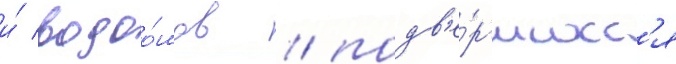
и́ водоо́мов / подв'е́ргшихс'я